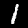
Digit: 1